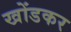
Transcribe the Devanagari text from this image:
खोंडकर